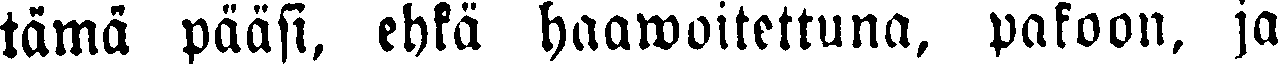
tämä pääsi, ehkä haawoitettuna, pakoon, ja